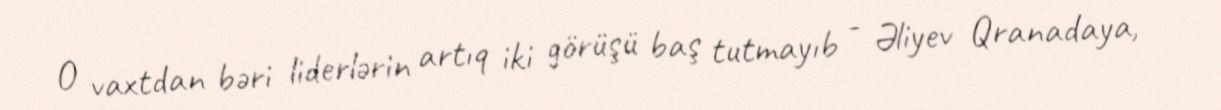
O vaxtdan bəri liderlərin artıq iki görüşü baş tutmayıb - Əliyev Qranadaya,